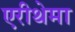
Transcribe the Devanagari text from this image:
एरीथेमा